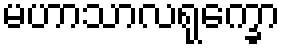
မဟာသာလရုက္ခော